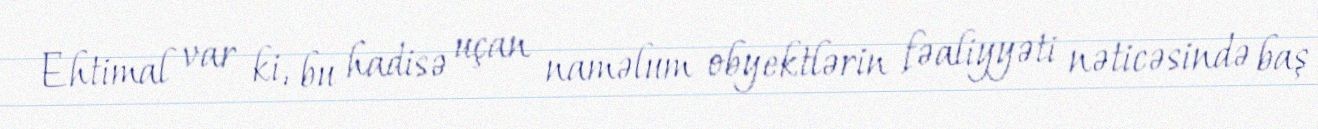
Ehtimal var ki, bu hadisə uçan naməlum obyektlərin fəaliyyəti nəticəsində baş